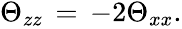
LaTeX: \begin{array}{r}{\Theta_{zz}\, =\, -2\Theta_{xx}.}\end{array}